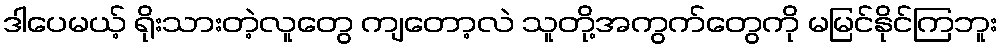
ဒါပေမယ့် ရိုးသားတဲ့လူတွေ ကျတော့လဲ သူတို့အကွက်တွေကို မမြင်နိုင်ကြဘူး